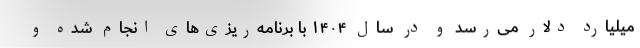
میلیارد دلار می‌رسد و در سال ۱۴۰۴ با برنامه‌ریزی‌های انجام شده و